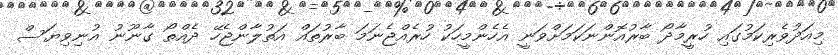
މިއަދުވެރިކަމުގައި ހުރީމާދޯ ބާރުއޮންނަކަމަށްވަނީ އެހެންމީހަކު ހުރެއްޖެނަމަ ބާރުތައް އަތުލާންޖެހޭ ދެއްތޯ ގާނޫނު އުނިވިޔަސް